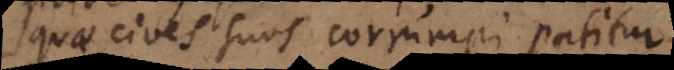
quae cives suos corrumpi facit.